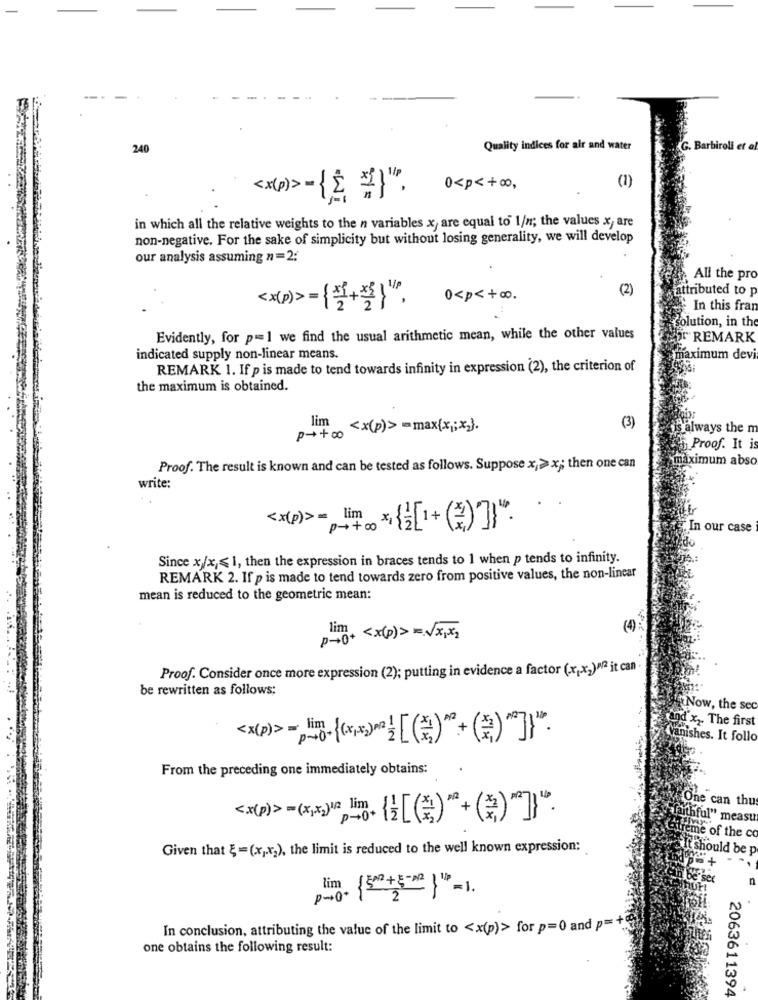
240
Quality indices for air and water
(1)
0<p < +00 ,
<x(>={{ ".
in which all the relative weights to the n variables x, are equal to 1/n; the values x, are
non-negative. For the sake of simplicity but without losing generality, we will develop
our analysis assuming n =2:
All the pro
(2)
attributed to p
0 <p< + 00 .
<x(p)>={몰+ }".
In this fran
olution, in the
Evidently, for p=1 we find the usual arithmetic mean, while the other values
REMARK
indicated supply non-linear means.
maximum devi
REMARK 1. If p is made to tend towards infinity in expression (2), the criterion of
the maximum is obtained.
(3)
lim <x(p)> =max(x ,; x2}.
always the m
P++00
Proof. It is
maximum abso
Proof. The result is known and can be tested as follows. Suppose x,> x; then one can
write:
< x(p )> = lim
P-+00 + {[+ (3) ]".
In our case
Since x/x,≤1, then the expression in braces tends to 1 when p tends to infinity.
REMARK 2. If p is made to tend towards zero from positive values, the non-linear
mean is reduced to the geometric mean:
(4)
lim. < x(p)> =x,x2
Proof. Consider once more expression (2); putting in evidence a factor (x,x2)» it can
be rewritten as follows;
Now, the sec
and x2. The first
<x(p)> - lim
Vanishes. It follo
From the preceding one immediately obtains:
can thus
<x(p)> =(x,x2)12 lim.
I" measu
e of the co
Given that {=(x,x2), the limit is reduced to the well known expression:
ould be p
-
-
In conclusion, attributing the value of the limit to <x(p)> for p=0 and p= +@
one obtains the following result:
2063611394